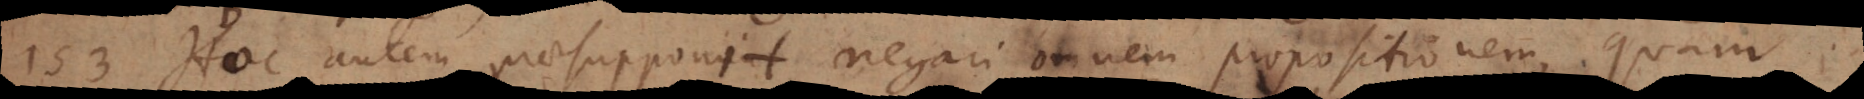
153) Hoc autem praesupponit negari omnem propositionem, quam